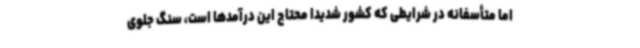
اما متأسفانه در شرایطی که کشور شدیداً محتاج این درآمدها است، سنگ جلوی